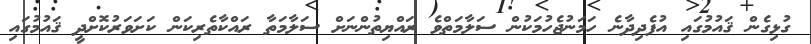
ގުޅިގެން ޤައުމުގައި އުފެދިދާނެ ހަމަނުޖެހުމަކުން ސަލާމަތްވެ ރައްޔިތުންނަށް ސަލާމަތާ ރައްކާތެރިކަން ކަށަވަރުކޮށްދީ ޤައުމުގައި